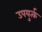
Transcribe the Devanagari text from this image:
उपयुर्त्क